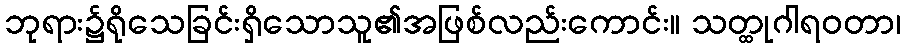
ဘုရား၌ရိုသေခြင်းရှိသောသူ၏အဖြစ်လည်းကောင်း။ သတ္ထုဂါရဝတာ၊